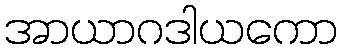
အာယာဂဒါယကော